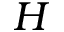
H